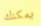
يمكنك